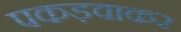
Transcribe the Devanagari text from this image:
पकड़वाकर